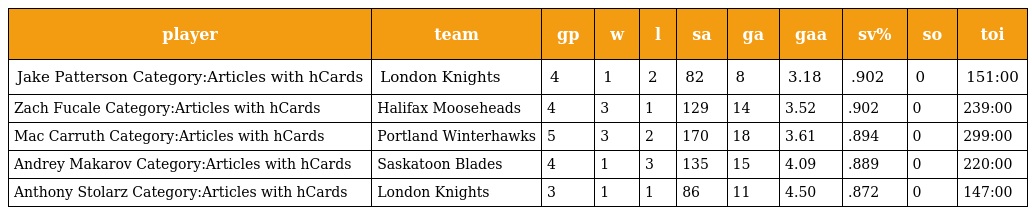
| player | team | gp | w | l | sa | ga | gaa | sv% | so | toi |
 | --- | --- | --- | --- | --- | --- | --- | --- | --- | --- | --- |
 | Jake Patterson Category:Articles with hCards | London Knights | 4 | 1 | 2 | 82 | 8 | 3.18 | .902 | 0 | 151:00 |
 | Zach Fucale Category:Articles with hCards | Halifax Mooseheads | 4 | 3 | 1 | 129 | 14 | 3.52 | .902 | 0 | 239:00 |
 | Mac Carruth Category:Articles with hCards | Portland Winterhawks | 5 | 3 | 2 | 170 | 18 | 3.61 | .894 | 0 | 299:00 |
 | Andrey Makarov Category:Articles with hCards | Saskatoon Blades | 4 | 1 | 3 | 135 | 15 | 4.09 | .889 | 0 | 220:00 |
 | Anthony Stolarz Category:Articles with hCards | London Knights | 3 | 1 | 1 | 86 | 11 | 4.50 | .872 | 0 | 147:00 |